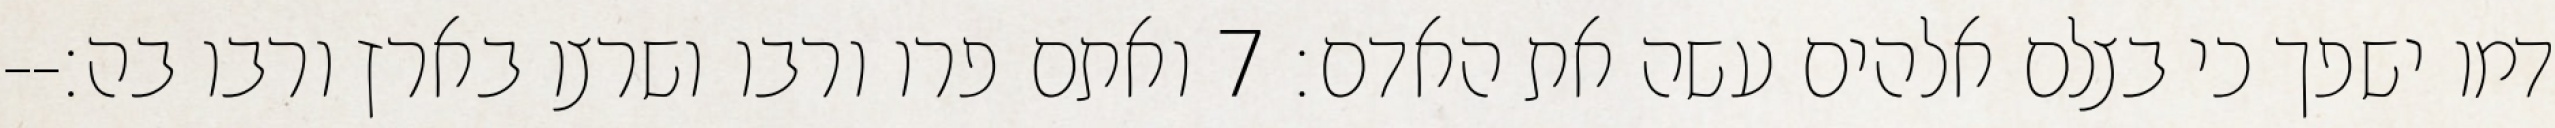
דמו ישפך כי בצלם אלהים עשה את האדם׃ ‎7‏ ואתם פרו ורבו ושרצו בארץ ורבו בה׃--